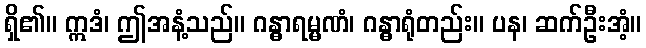
ရှိ၏။ ဣဒံ၊ ဤအနံ့သည်။ ဂန္ဓာရမ္မဏံ၊ ဂန္ဓာရုံတည်း။ ပန၊ ဆက်ဦးအံ့။